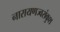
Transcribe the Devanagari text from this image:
नारायणज्वरांकुश